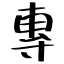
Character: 專